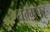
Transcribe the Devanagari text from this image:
धम्मपट